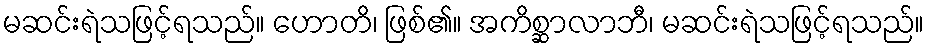
မဆင်းရဲသဖြင့်ရသည်။ ဟောတိ၊ ဖြစ်၏။ အကိစ္ဆာလာဘီ၊ မဆင်းရဲသဖြင့်ရသည်။